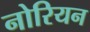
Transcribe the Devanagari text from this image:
नोरियन